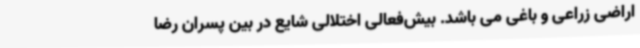
اراضی زراعی و باغی می باشد. بیش‌فعالی اختلالی شایع در بین پسران رضا